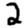
Digit: 2